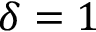
\delta = 1